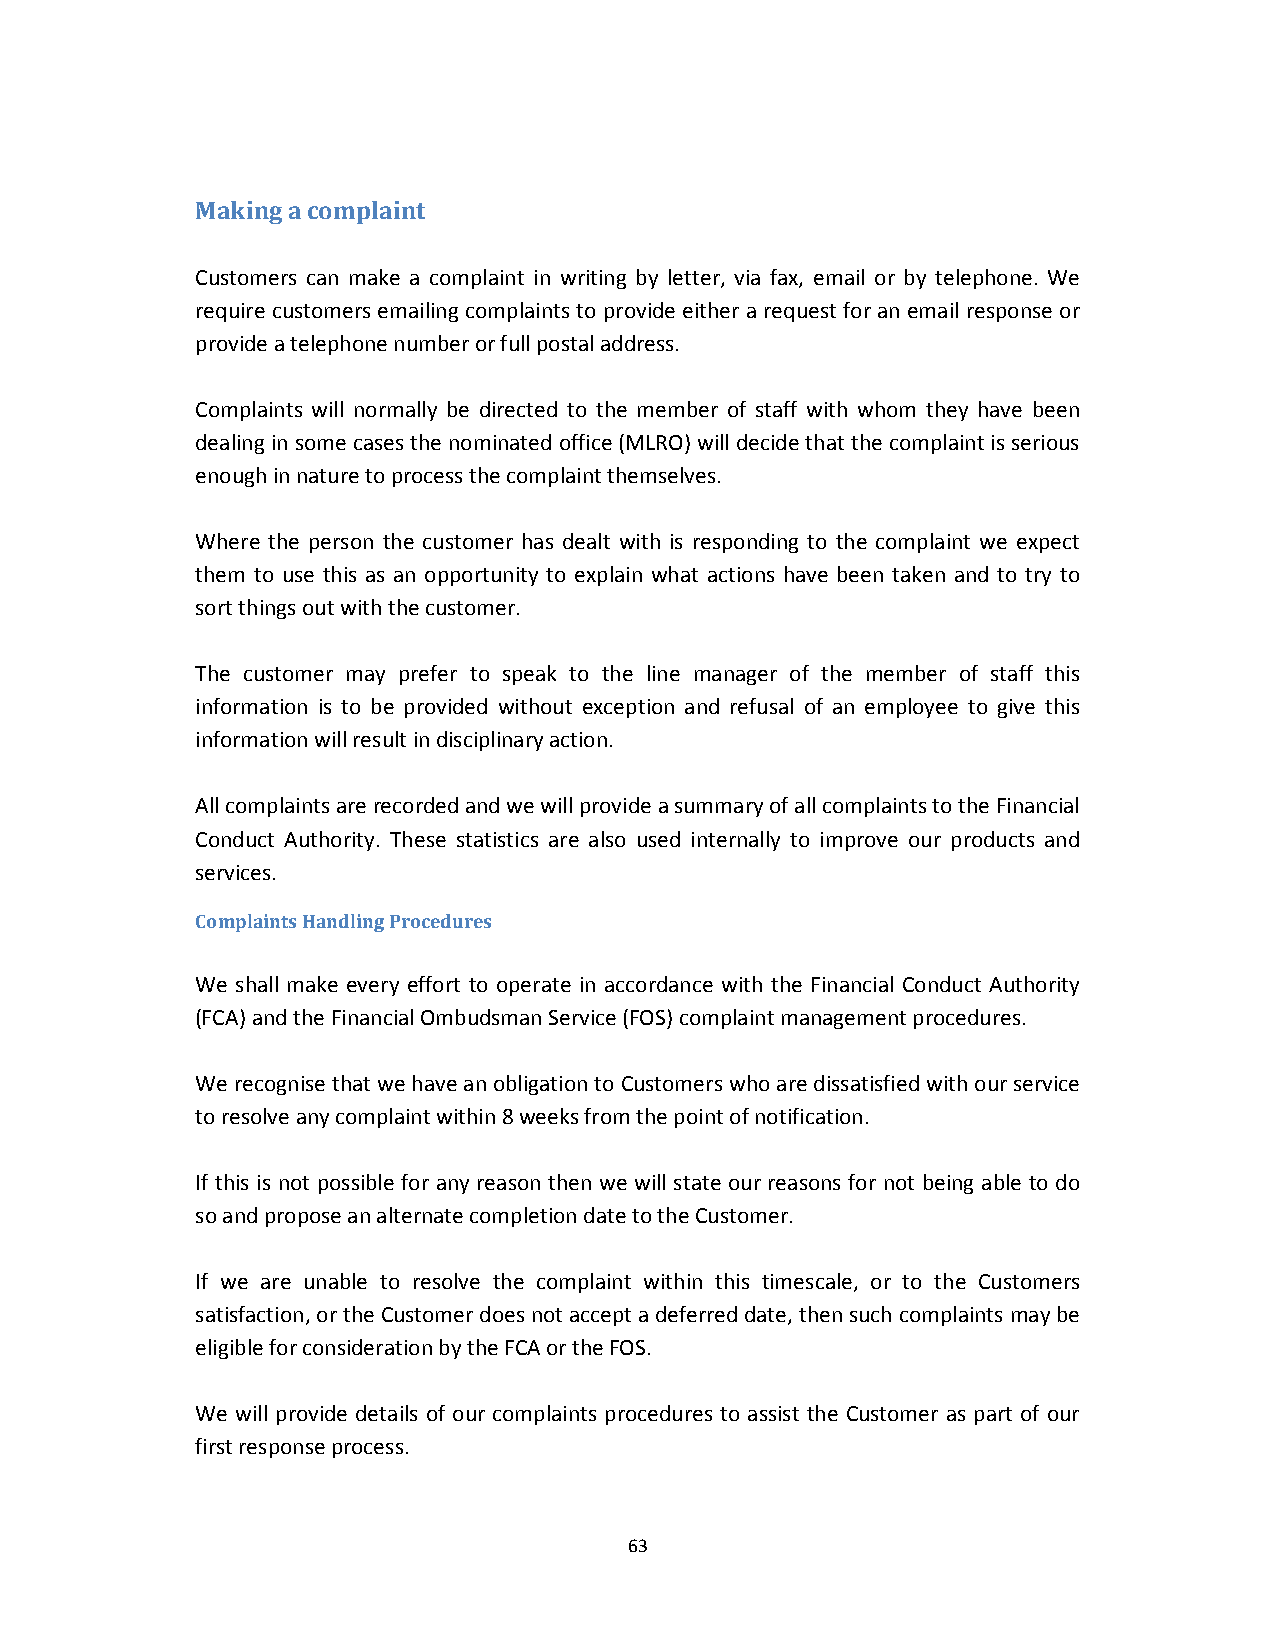
Making a complaint
 Customers can make a complaint in writing by letter, via fax, email or by telephone. We
 require customers emailing complaints to provide either a request for an email response or
 provide a telephone number or full postal address.
 Complaints will normally be directed to the member of staff with whom they have been
 dealing in some cases the nominated office (MLRO) will decide that the complaint is serious
 enough in nature to process the complaint themselves.
 Where the person the customer has dealt with is responding to the complaint we expect
 them to use this as an opportunity to explain what actions have been taken and to try to
 sort things out with the customer.
 The customer may prefer to speak to the line manager of the member of staff this
 information is to be provided without exception and refusal of an employee to give this
 information will result in disciplinary action.
 All complaints are recorded and we will provide a summary of all complaints to the Financial
 Conduct Authority. These statistics are also used internally to improve our products and
 services.
 Complaints Handling Procedures
 We shall make every effort to operate in accordance with the Financial Conduct Authority
 (FCA) and the Financial Ombudsman Service (FOS) complaint management procedures.
 We recognise that we have an obligation to Customers who are dissatisfied with our service
 to resolve any complaint within 8 weeks from the point of notification.
 If this is not possible for any reason then we will state our reasons for not being able to do
 so and propose an alternate completion date to the Customer.
 If we are unable to resolve the complaint within this timescale, or to the Customers
 satisfaction, or the Customer does not accept a deferred date, then such complaints may be
 eligible for consideration by the FCA or the FOS.
 We will provide details of our complaints procedures to assist the Customer as part of our
 first response process.
 63